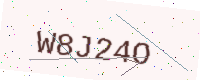
Text: W8J24O